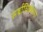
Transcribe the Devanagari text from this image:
सर्वाधिकतया